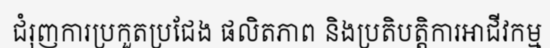
ជំរុញការប្រកួតប្រជែង ផលិតភាព និងប្រតិបត្តិការអាជីវកម្ម